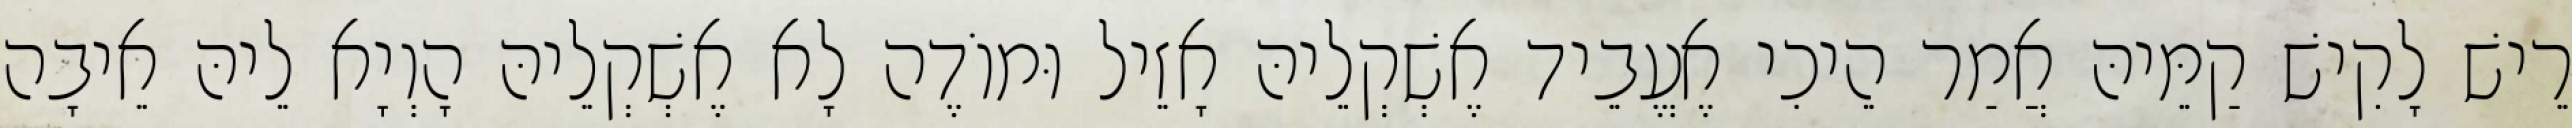
רֵישׁ לָקִישׁ קַמֵּיהּ אֲמַר הֵיכִי אֶעֱבֵיד אֶשְׁקְלֵיהּ אָזֵיל וּמוֹדֶה לָא אֶשְׁקְלֵיהּ הָוְיָא לֵיהּ אֵיבָה